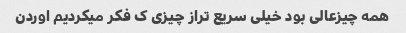
همه چیزعالی بود خیلی سریع تراز چیزی ک فکر میکردیم اوردن